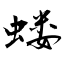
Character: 蝼